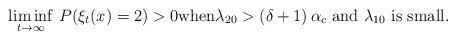
LaTeX: \begin{align*} \liminf_{t \to \infty} \,P (\xi_t (x) = 2) > 0 \hbox{when} \lambda_{20} > (\delta + 1) \,\alpha_c \ \hbox{and} \ \lambda_{10} \ \hbox{is small}.\end{align*}